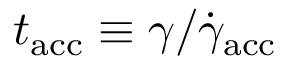
t _ { \mathrm { a c c } } \equiv \gamma / \dot { \gamma } _ { \mathrm { a c c } }